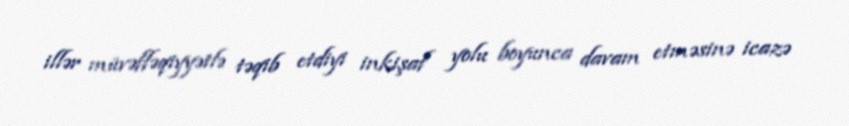
illər müvəffəqiyyətlə təqib etdiyi inkişaf yolu boyunca davam etməsinə icazə